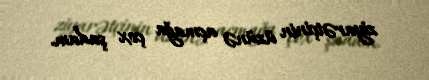
ziyarətçinin üzünə açmağa çox şadam.